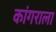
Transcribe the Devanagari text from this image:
कांगराला